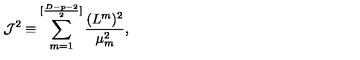
{ \cal J } ^ { 2 } \equiv \sum _ { m = 1 } ^ { [ { \frac { D - p - 2 } { 2 } } ] } { \frac { ( L ^ { m } ) ^ { 2 } } { \mu _ { m } ^ { 2 } } } ,